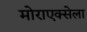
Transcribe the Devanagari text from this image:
मोराएक्सेला